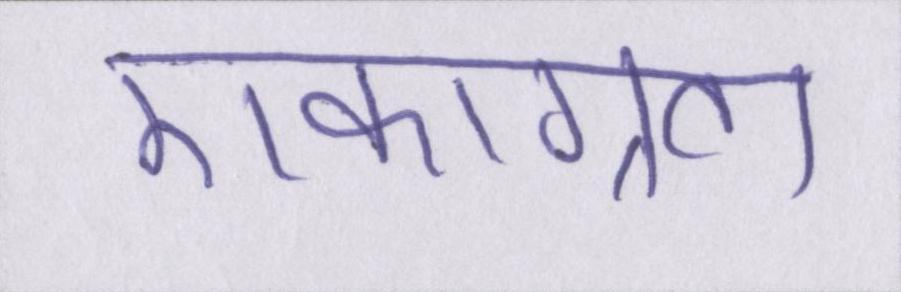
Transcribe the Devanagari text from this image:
एकाग्रता